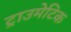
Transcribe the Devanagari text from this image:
ट्राउमेटिक